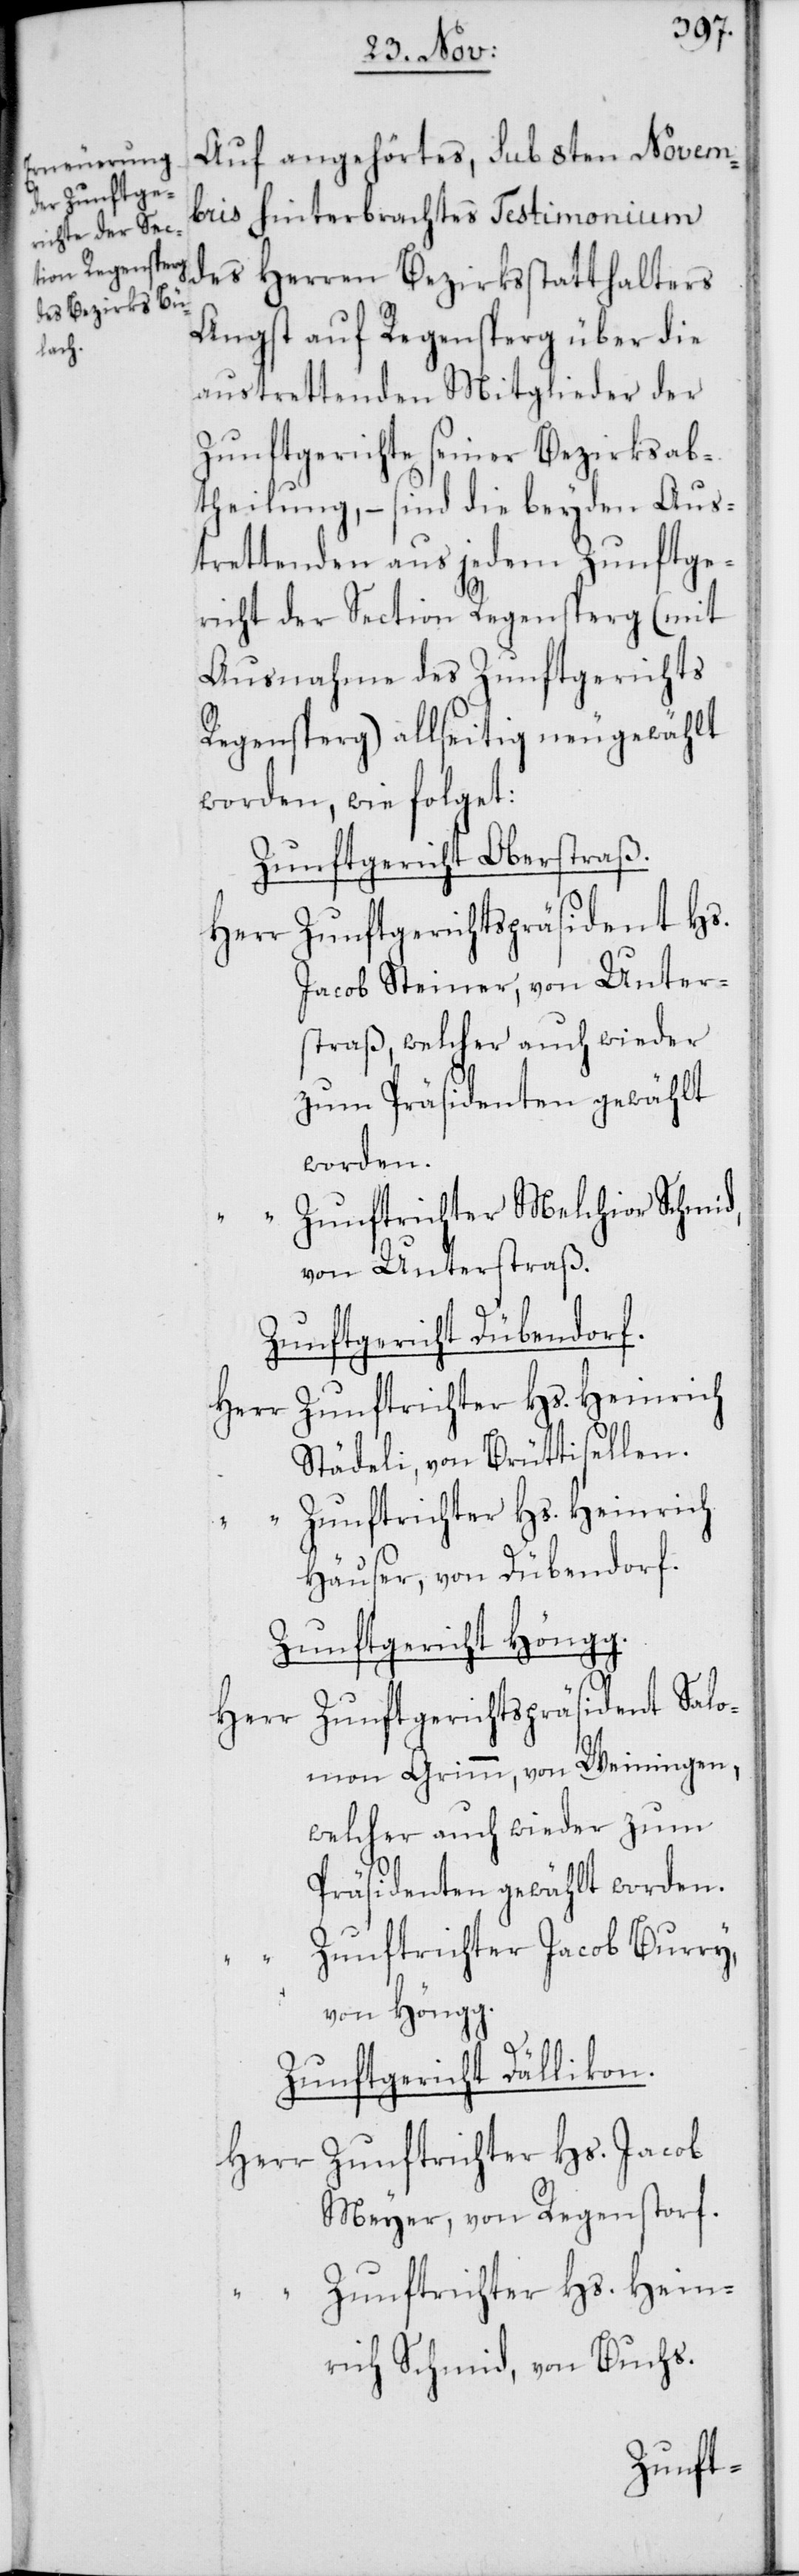
Auf angehörtes, sub 8ten Novem¬
bris hinterbrachtes Testimonium
des Herren Bezirksstatthalters
Angst auf Regensperg über die
austrettenden Mitglieder der
Zunftgerichte seiner Bezirksab¬
theilung, – sind die beyden Aus¬
trettenden aus jedem Zunftge¬
richt der Section Regensperg (mit
Ausnahme des Zunftgerichts
Regensperg) allseitig neugewählt
worden, wie folget:
Zunftgericht Oberstraß.
Herr Zunftgerichtspräsident Hs.
Jacob Steiner, von Unter¬
straß, welcher auch wieder
Zunftrichter Melchior Schmid,
von Unterstraß.
Zunftgericht Dübendorf.
Herr Zunftrichter Hs. Heinrich
Städeli, von Brüttisellen.
“ Zunftrichter Hs. Heinrich
Häuser, von Dübendorf.
Zunftgericht Höngg.
Zunftgerichtspräsident Salo¬
Herr
mon Grimm, von Weiningen,
welcher auch wieder zum
Präsidenten gewählt worden.
Zunftrichter Jacob Burry
von Höngg.
Zunftgericht Dällikon.
Herr Zunftrichter Hs. Jacob
Meyer, von Regenstorf.
Zunftrichter Hs. Hein¬
rich Schmid, von Buchs.